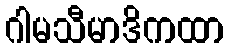
ဂါမသီမာဒိကထာ